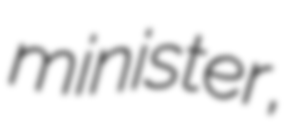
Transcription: minister,